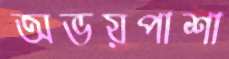
অভয়পাশা